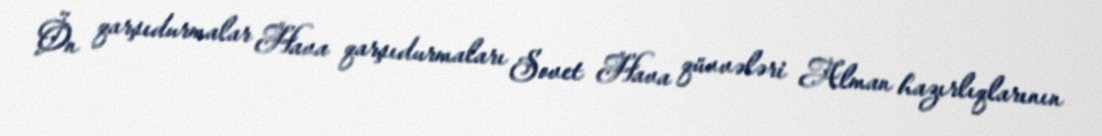
Ön qarşıdurmalar Hava qarşıdurmaları Sovet Hava qüvvələri Alman hazırlıqlarının